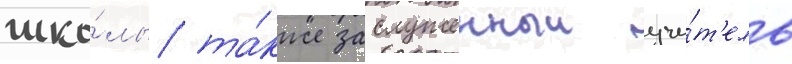
шко́лы та́кже заслуженныи учи́т'ель